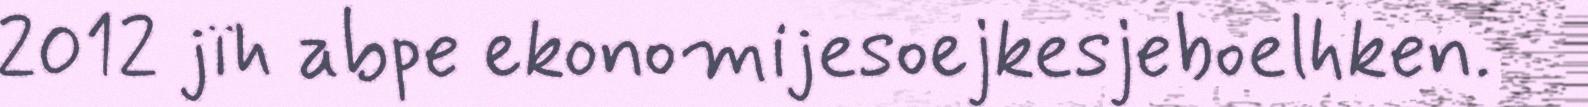
2012 jïh abpe ekonomijesoejkesjeboelhken.